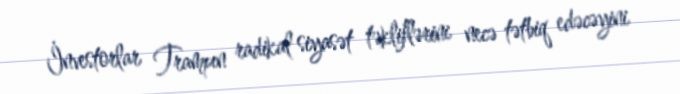
İnvestorlar Trampın radikal siyasət təkliflərini necə tətbiq edəcəyini